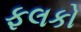
ફલકો